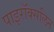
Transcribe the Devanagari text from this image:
पाइरॉक्सलिन